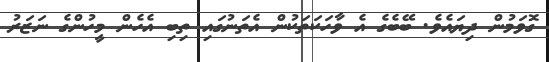
ގޮވަމުން ދިޔައެވެ. ބޭބެގެ އެ ވާހަކަތަކުން އެތަނުގައި ތިބި އެހެން މީހުންގެ ނަޒަރު